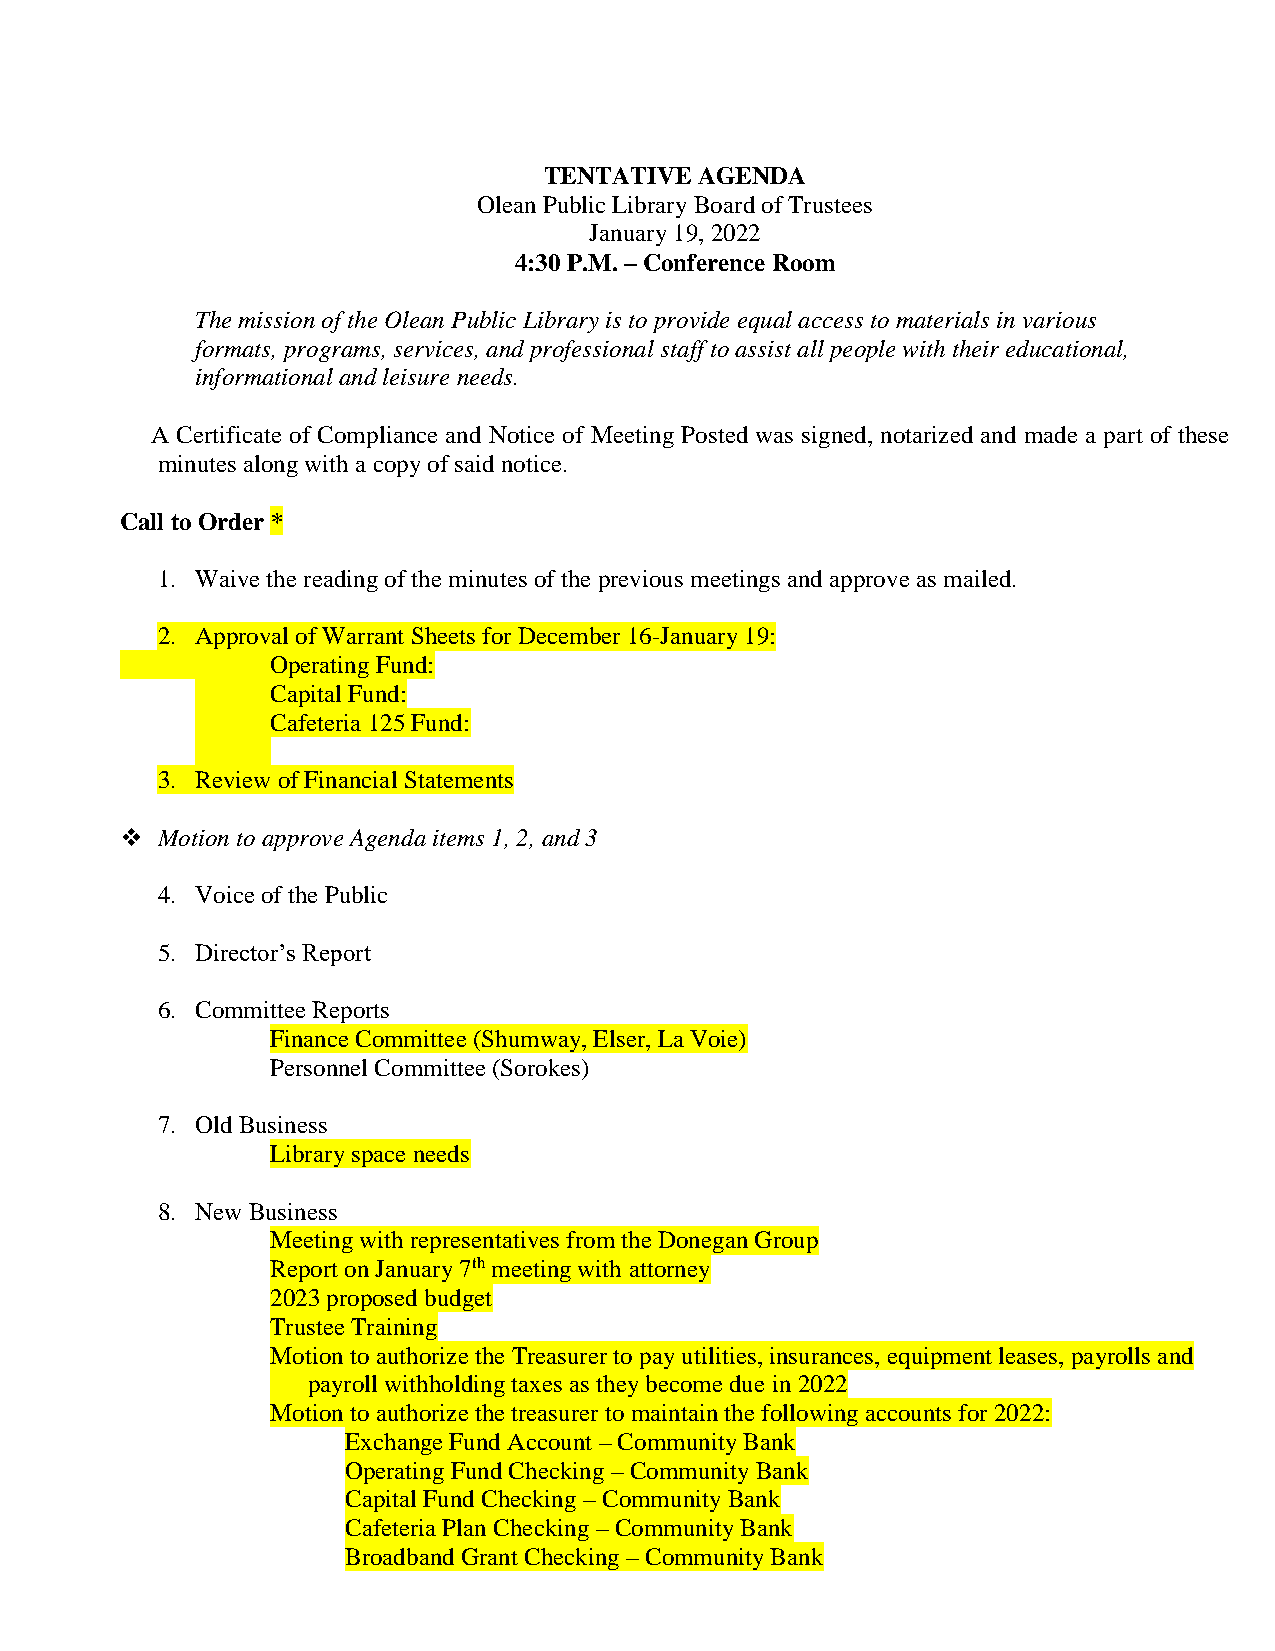
TENTATIVE AGENDA
 Olean Public Library Board of Trustees
 January 19, 2022
 4:30 P.M. – Conference Room
 The mission of the Olean Public Library is to provide equal access to materials in various
 formats, programs, services, and professional staff to assist all people with their educational,
 informational and leisure needs.
 A Certificate of Compliance and Notice of Meeting Posted was signed, notarized and made a part of these
 minutes along with a copy of said notice.
 Call to Order *
 1. Waive the reading of the minutes of the previous meetings and approve as mailed.
 2. Approval of Warrant Sheets for December 16-January 19:
 Operating Fund:
 Capital Fund:
 Cafeteria 125 Fund:
 3. Review of Financial Statements
  Motion to approve Agenda items 1, 2, and 3
 4. Voice of the Public
 5. Director’s Report
 6. Committee Reports
 Finance Committee (Shumway, Elser, La Voie)
 Personnel Committee (Sorokes)
 7. Old Business
 Library space needs
 8. New Business
 Meeting with representatives from the Donegan Group
 Report on January 7th meeting with attorney
 2023 proposed budget
 Trustee Training
 Motion to authorize the Treasurer to pay utilities, insurances, equipment leases, payrolls and
 payroll withholding taxes as they become due in 2022
 Motion to authorize the treasurer to maintain the following accounts for 2022:
 Exchange Fund Account – Community Bank
 Operating Fund Checking – Community Bank
 Capital Fund Checking – Community Bank
 Cafeteria Plan Checking – Community Bank
 Broadband Grant Checking – Community Bank